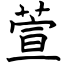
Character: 萱